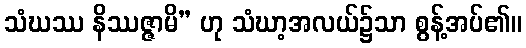
သံဃဿ နိဿဇ္ဇာမိ” ဟု သံဃာ့အလယ်၌သာ စွန့်အပ်၏။